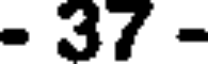
- 37 -